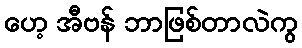
ဟေ့ အီဗန် ဘာဖြစ်တာလဲကွ